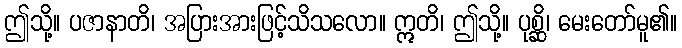
ဤသို့။ ပဇာနာတိ၊ အပြားအားဖြင့်သိသလော။ ဣတိ၊ ဤသို့။ ပုစ္ဆိ၊ မေးတော်မူ၏။